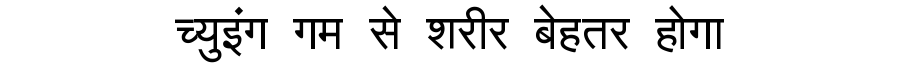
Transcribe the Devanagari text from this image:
च्युइंग गम से शरीर बेहतर होगा